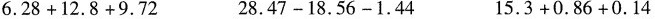
$$6 . 2 8 + 1 2 . 8 + 9 . 7 2$$ $$2 8 . 4 7 - 1 8 . 5 6 - 1 . 4 4$$ $$1 5 . 3 + 0 . 8 6 + 0 . 1 4$$